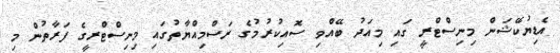
އެޑިޔުކޭޝަން މިނިސްޓްރީ ގައި މިއަދު ބޭއްވި ސޮއިކުރުމުގެ ރަސްމިއްޔާތުގައި މިނިސްޓްރީގެ ފަރާތުން މި